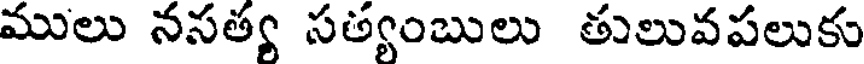
ములు నసత్య సత్యంబులు తులువపలుకు